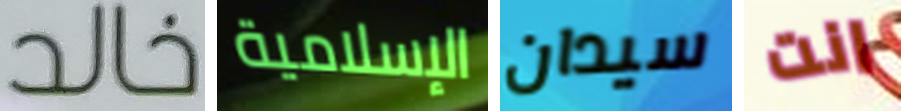
خالد الإسلامية سيدان انت